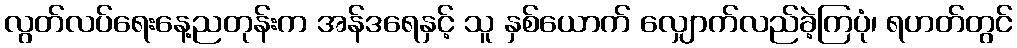
လွတ်လပ်ရေးနေ့ညတုန်းက အန်ဒရေနှင့် သူ နှစ်ယောက် လျှောက်လည်ခဲ့ကြပုံ၊ ရဟတ်တွင်